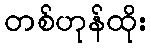
တစ်ဟုန်ထိုး